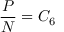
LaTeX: { \frac { P } { N } } = C _ { 6 }